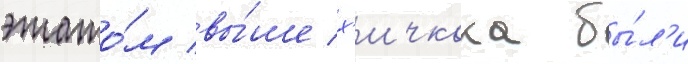
этажо́м вы́ше х'ичкока бы́л'и